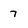
Character: 7